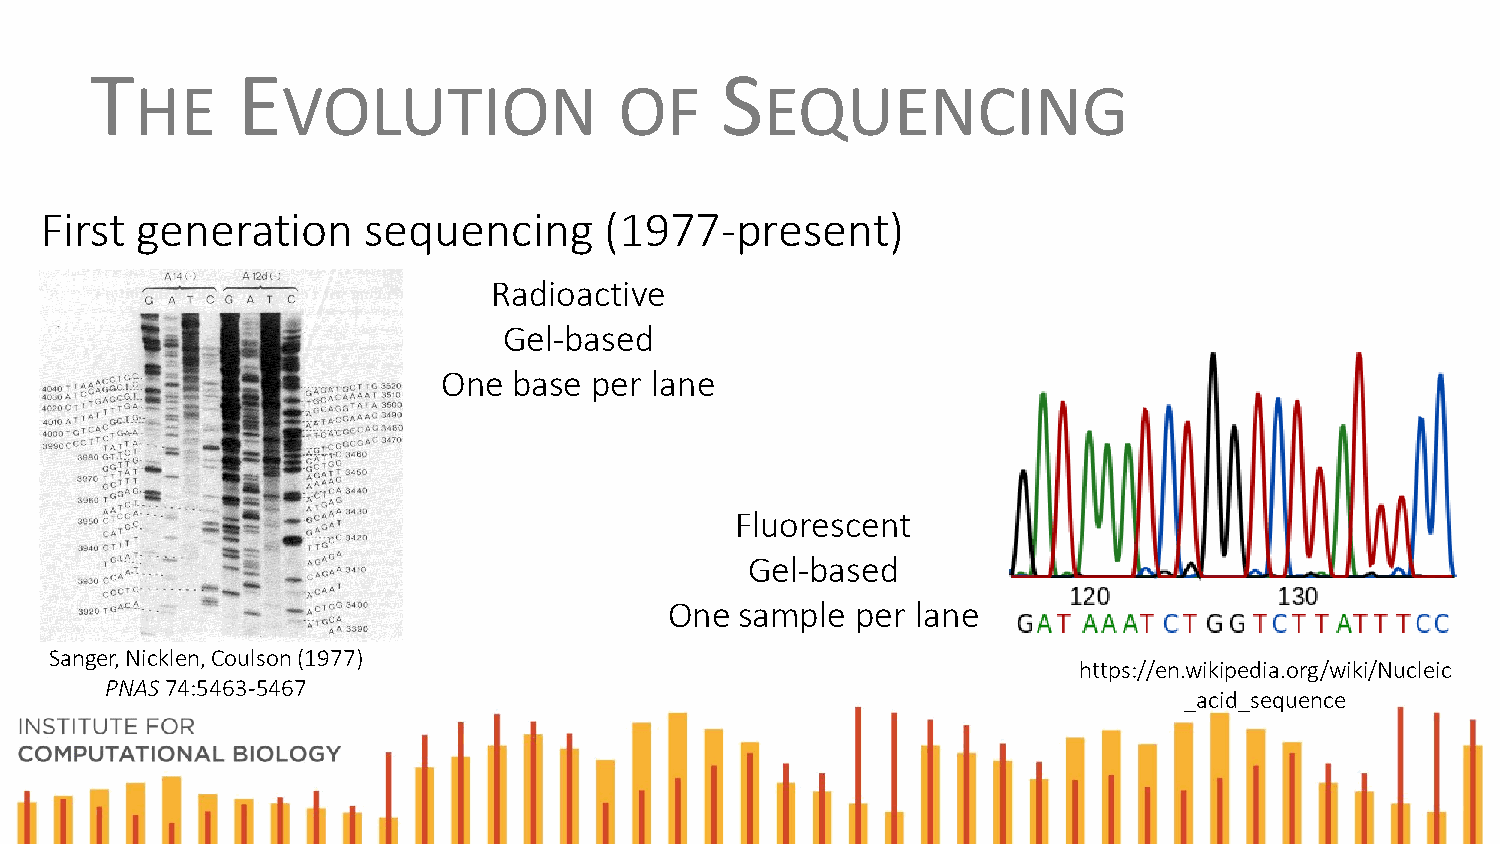
T         E                               S
 HE        VOLUTION              OF        EQUENCING
 First generation     sequencing      (1977-present)
 Radioactive
 Gel-based
 One  base per lane
 Fluorescent
 Gel-based
 One  sample  per lane
 Sanger, Nicklen, Coulson (1977)
 https://en.wikipedia.org/wiki/Nucleic
 PNAS74:5463-5467
 _acid_sequence